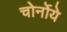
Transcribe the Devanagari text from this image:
चोर्नोये